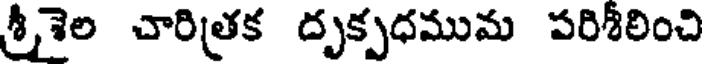
శ్రీశైల చారిత్రక దృక్పధముమ పరిశీలించి